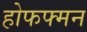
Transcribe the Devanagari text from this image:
होफफ्मन